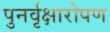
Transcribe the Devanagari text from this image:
पुनर्वृक्षारोपण